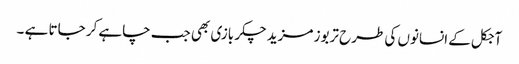
آجکل کے انسانوں کی طرح تربوز مزید چکر بازی بھی جب چاہے کر جاتا ہے ۔